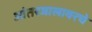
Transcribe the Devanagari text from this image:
आंतरजालावरचे